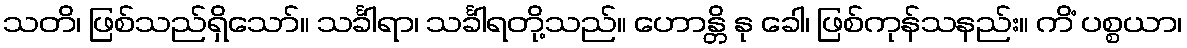
သတိ၊ ဖြစ်သည်ရှိသော်။ သင်္ခါရာ၊ သင်္ခါရတို့သည်။ ဟောန္တိ နု ခေါ၊ ဖြစ်ကုန်သနည်း။ ကိံ ပစ္စယာ၊